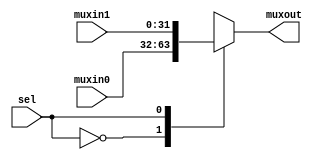
`timescale 1ns / 1ps
//////////////////////////////////////////////////////////////////////////////////
// Company: 
// Engineer: 
// 
// Design Name: 
// Module Name:    mux2_inout32 
// Project Name: 
// Target Devices: 
// Tool versions: 
// Description: 
//
// Dependencies: 
//
// Revision: 
// Revision 0.01 - File Created
// Additional Comments: 
//
//////////////////////////////////////////////////////////////////////////////////
module mux2_inout32(
    input [31:0] muxin0,
	 input [31:0] muxin1,
    output reg [31:0] muxout,
    input sel
    );

always @(*) begin
	
	case(sel)
		1'b0: muxout = muxin0;
		1'b1: muxout = muxin1;
	endcase
	
end

endmodule